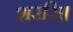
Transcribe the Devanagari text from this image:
शरसि।